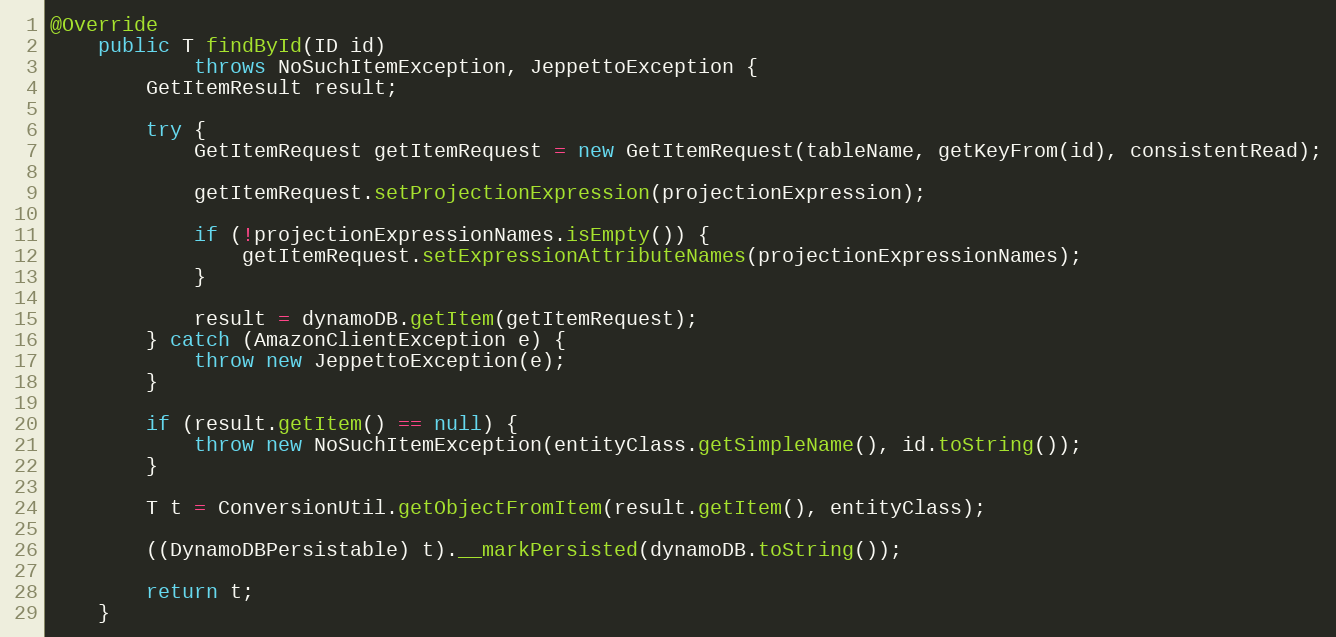
Language: Java
@Override
    public T findById(ID id)
            throws NoSuchItemException, JeppettoException {
        GetItemResult result;

        try {
            GetItemRequest getItemRequest = new GetItemRequest(tableName, getKeyFrom(id), consistentRead);

            getItemRequest.setProjectionExpression(projectionExpression);

            if (!projectionExpressionNames.isEmpty()) {
                getItemRequest.setExpressionAttributeNames(projectionExpressionNames);
            }

            result = dynamoDB.getItem(getItemRequest);
        } catch (AmazonClientException e) {
            throw new JeppettoException(e);
        }

        if (result.getItem() == null) {
            throw new NoSuchItemException(entityClass.getSimpleName(), id.toString());
        }

        T t = ConversionUtil.getObjectFromItem(result.getItem(), entityClass);

        ((DynamoDBPersistable) t).__markPersisted(dynamoDB.toString());

        return t;
    }